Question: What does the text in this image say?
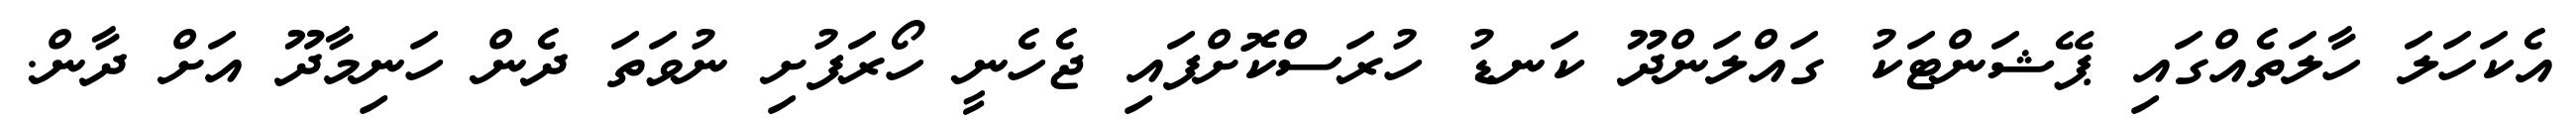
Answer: އެކަހަލަ ހާލަތެއްގައި ޕޭޝަންޓަކު ގައްލަންދޫ ކަނޑު ހުރަސްކޮށްފައި ޖެހެނީ ހޯރަފުށި ނުވަތަ ދެން ހަނިމާދޫ އަށް ދާން.